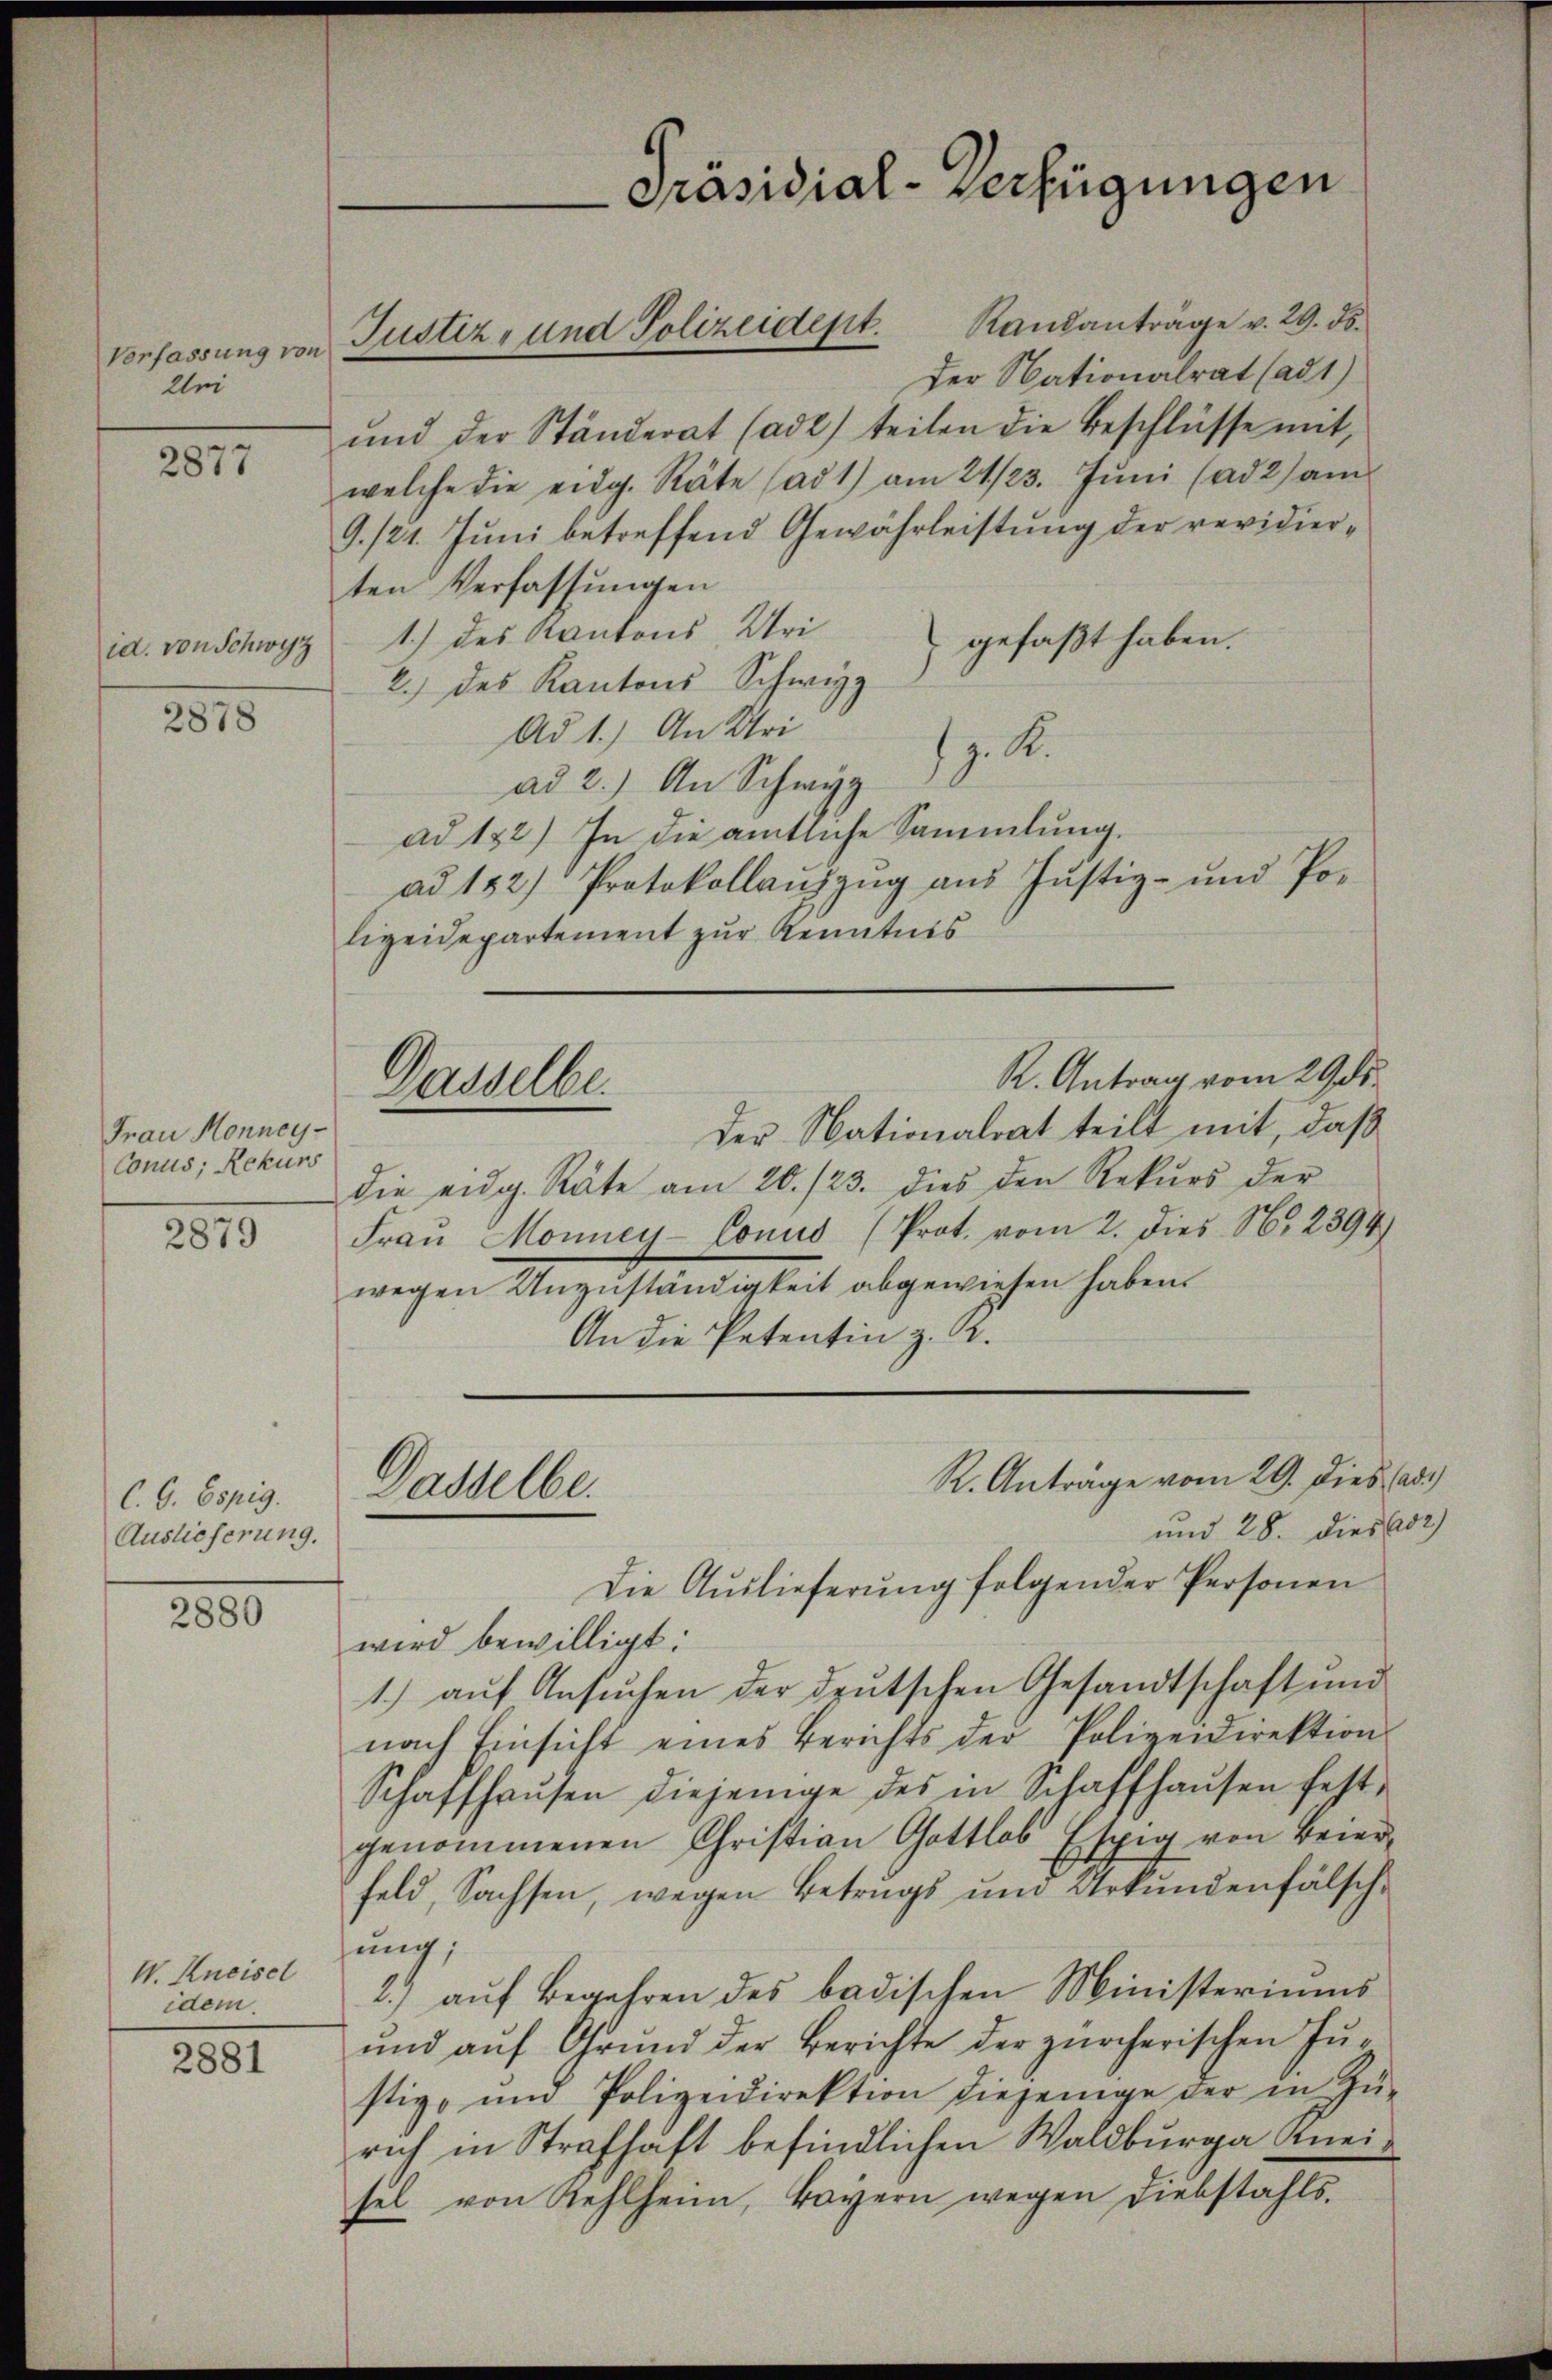
Verfassung von
Uri

2877

2878

Frau Monney-
Conus, Rekurs

2879

C. C. Espig.
Auslieferung.

2880

V. Kneisel
idem.

2881

Randantrage v. 29. ds.
Der Nationalrat (ad1)
und der Ständerat (ad2) teilen die Beschlüsse mit,
welche die eidg. Räte (ad 1) am 21./23. Jŭni (ad 2) am
9./21. Juni betreffend Gewährleistung der revidierten Verfassungen
id. von Schwyz 1) des Kantons Uri
gefaßt haben.
2.) des Kantons Schwyz
Ad 1.) An Uri
z. R.
ad 2.) An Schwyz
ad 132) In die amtliche Sammlung.
ad 182) Protokollanzzŭg aŭs Jŭstiz- und Po-
lizeidepartement zur Kenntnis

u Justiz- und Polizeident.

Dasselbe.

Dasselbe

R. Antrag vom 29 ds.
Der Nationalrat teilt mit, daß
die eidg. Räte am 20./23. dies den Rekŭrs der
Frau Monney-Conus (Prot. vom 2. Dies N. 2394
wegen Unzuständigkeit abgewiesen haben.
An die Petentin z. R.
und 28. Dieser
Die Aŭslieferŭng folgender Personen
wird bewilligt:
1.) auf Ansuchen der deutschen Gesandtschaft und
nach Einsicht eines Berichts der Polizeidirektion
Schaffhaŭsen diejenige des in Schaffhaŭsen fest-
genommenen Christian Gottlob Espig von Beier-
feld, Sachsen, wegen Betrugs um Urkundenfälschung;
2.) aŭf Begehren des badischen Ministeriums
und aŭf Grŭnd der Berichte der zürcherischen Jŭ-
stiz, ŭm Polizeidirektion diejenige der in Zŭ-
rich in Strafhaft befindlichen Waldburg Kneisel von Kehlheim, Bayern wegen diebstahls.

Präsidial-Verfügungen

R. Anträge vom 29. Dies ad.